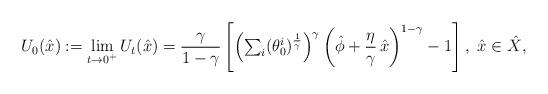
LaTeX: \begin{align*}U_0(\hat{x}):=\lim_{t \to 0^+} U_t(\hat{x})=\frac{\gamma}{1-\gamma}\left[\left(\textstyle\sum_i(\theta_0^i)^{\frac{1}{\gamma}}\right)^\gamma\left(\hat{\phi} +\frac{\eta}{\gamma}\,\hat{x}\right)^{1-\gamma}-1\right], \ \hat{x} \in \hat{X},\end{align*}